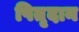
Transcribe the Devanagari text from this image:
पितृदान